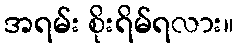
အရမ်း စိုးရိမ်ရလား။